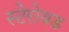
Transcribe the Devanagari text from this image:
स्टेरोयड